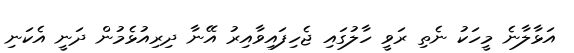
އަޅާލާނެ މީހަކު ނެތި ރަވީ ހާލުގައި ޖެހިފައިވާއިރު އޭނާ ދިރިއުޅެމުން ދަނީ އެކަނި